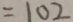
= 1 0 2